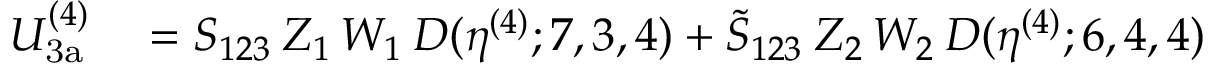
\begin{array} { r l } { U _ { \mathrm { 3 a } } ^ { ( 4 ) } } & { { } = S _ { 1 2 3 } \: Z _ { 1 } \, W _ { 1 } \: D ( \eta ^ { ( 4 ) } ; 7 , 3 , 4 ) + \tilde { S } _ { 1 2 3 } \: Z _ { 2 } \, W _ { 2 } \: D ( \eta ^ { ( 4 ) } ; 6 , 4 , 4 ) } \end{array}